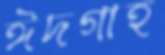
ঈদগাহ